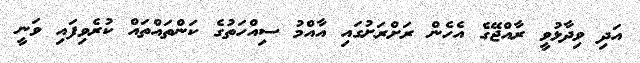
އަދި ވިދާޅުވީ ރާއްޖޭގެ އެހެން ރަށްރަށުގައި އާއްމު ސިއްހަތުގެ ކަންތައްތައް ކުރެވިފައި ވަނީ